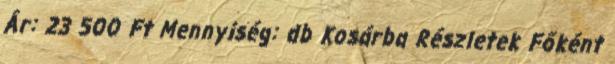
Ár: 23 500 Ft Mennyiség: db Kosárba Részletek Főként